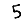
Digit: 5